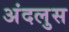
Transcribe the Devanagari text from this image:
अंदलुस